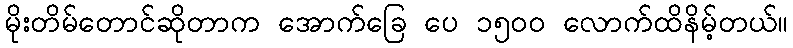
မိုးတိမ်တောင်ဆိုတာက အောက်ခြေ ပေ ၁၅၀၀ လောက်ထိနိမ့်တယ်။